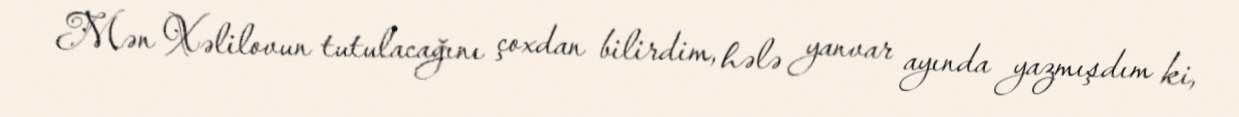
Mən Xəlilovun tutulacağını çoxdan bilirdim, hələ yanvar ayında yazmışdım ki,